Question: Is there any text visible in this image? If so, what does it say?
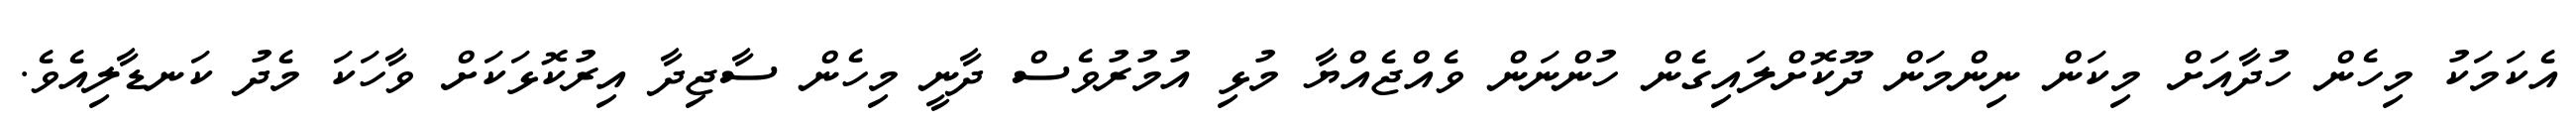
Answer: އެކަމަކު މިހެން ހުދާއަށް މިކަން ނިންމަން ދޫކޮށްލައިގެން ހުންނަން ވެއްޖެއްޔާ މުޅި އުމުރުވެސް ދާނީ މިހެން ސާޖިދާ އިރުކޮޅަކަށް ވާހަކަ މެދު ކަނޑާލިއެވެ.